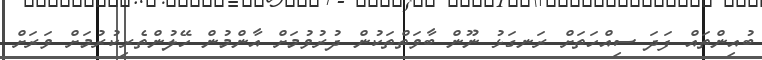
ބުއިންތައް ފަދަ ސިއްހަތަށް ރަނގަޅު ނޫން ބާވަތްތަކުން ދުރުވުމަށް އާންމުން ހޭލުންތެރިކުރުމަށް ވަރަށް